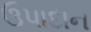
ઉપાદાન